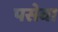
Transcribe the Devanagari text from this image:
पसेवा